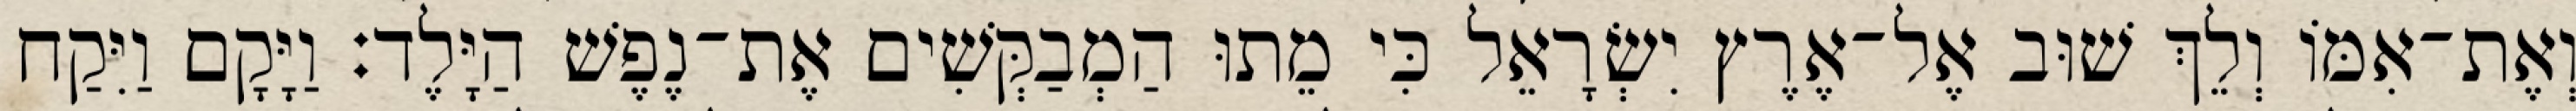
וְאֶת־אִמּוֹ וְלֵךְ שׁוּב אֶל־אֶרֶץ יִשְׂרָאֵל כִּי מֵתוּ הַמְבַקְּשִׁים אֶת־נֶפֶשׁ הַיָּלֶד׃ וַיָּקָם וַיִּקַח